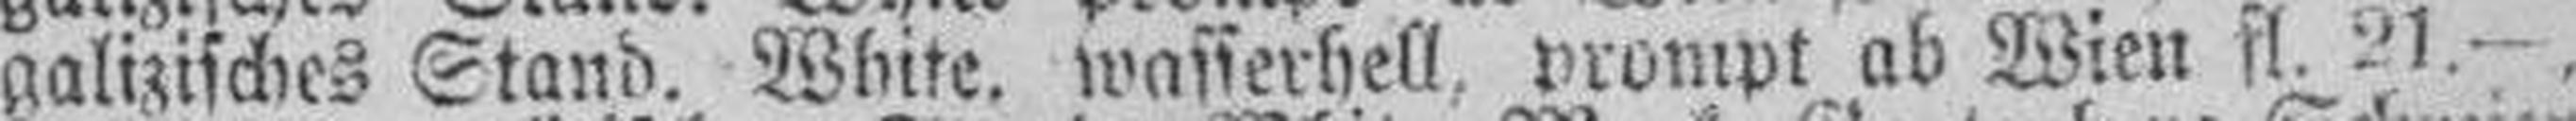
galizisches Stand. White, wasserhell, prompt ab Wien fl. 21.—,